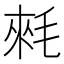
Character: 𣮉